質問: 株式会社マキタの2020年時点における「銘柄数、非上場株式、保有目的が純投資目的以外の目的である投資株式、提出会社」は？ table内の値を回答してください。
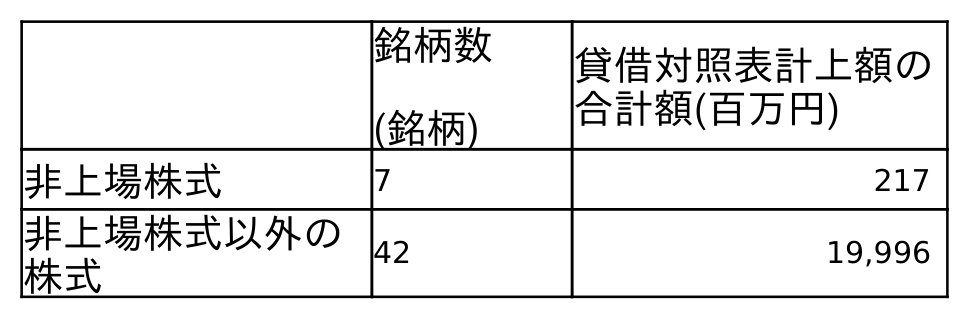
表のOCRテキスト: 銘柄数 (銘柄) 貸借対照表計上額の 合計額(百万円) 非上場株式 7 217 非上場株式以外の 株式 42 19,996
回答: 7